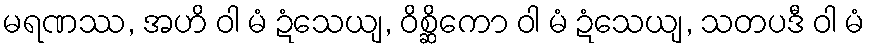
မရဏဿ, အဟိ ဝါ မံ ဍံသေယျ, ဝိစ္ဆိကော ဝါ မံ ဍံသေယျ, သတပဒီ ဝါ မံ